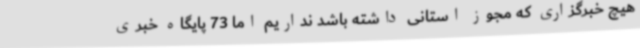
هیچ خبرگزاری که مجوز استانی داشته باشد نداریم اما 73 پایگاه‌ خبری